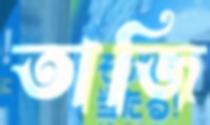
তাজি